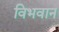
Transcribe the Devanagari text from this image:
विभवान